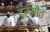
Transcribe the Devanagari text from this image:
डर्मौत